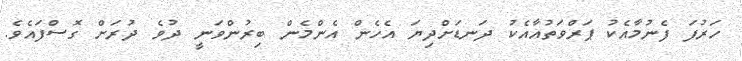
ހަރުފަ ފެނުމާއެކު ޕަރްވަތުއާއެކު ދަނޑަށްދިޔަ އެހެން އެންމެން ބިރުންވަނީ ދުވެ ދުރަށް ގޮސްފައެވެ.